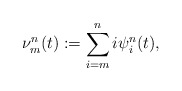
\begin{align*}\nu^{n}_m(t):= \sum_{i=m}^{n}i\psi^{n}_i(t),\end{align*}